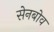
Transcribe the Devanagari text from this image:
सेनबोव